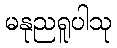
မနုညရူပါသု